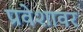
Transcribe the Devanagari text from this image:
प्रवेशावर